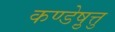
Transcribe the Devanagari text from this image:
कण्डेष़ुत्तु